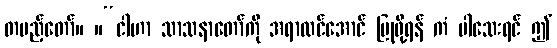
တပည့်တော်။ ။“ငါဟာ သာသနာတော်ကို အရာထင်အောင် ပြုဖို့ရန် ကံ ပါသေးရင် ဤ